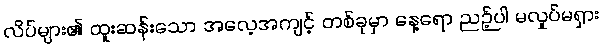
လိပ်များ၏ ထူးဆန်းသော အလေ့အကျင့် တစ်ခုမှာ နေ့ရော ညဉ့်ပါ မလှုပ်မရှား